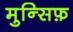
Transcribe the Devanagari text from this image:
मुन्सिफ़